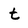
Character: t